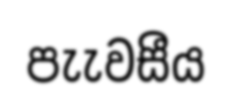
පැැවසීය